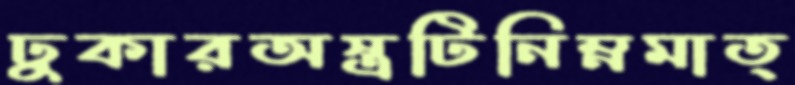
ঢুকারঅস্ত্রটিনিম্নমাত্